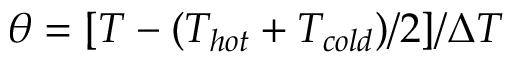
\theta = [ T - ( T _ { h o t } + T _ { c o l d } ) / 2 ] / \Delta T